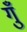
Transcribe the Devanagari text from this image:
गुँ